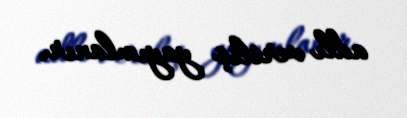
adlı veriliş yayımlanır.